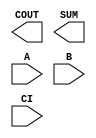
module sky130_fd_sc_hd__fah (
    COUT,
    SUM ,
    A   ,
    B   ,
    CI
);

    output COUT;
    output SUM ;
    input  A   ;
    input  B   ;
    input  CI  ;

    // Voltage supply signals
    supply1 VPWR;
    supply0 VGND;
    supply1 VPB ;
    supply0 VNB ;

endmodule